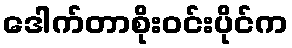
ဒေါက်တာစိုးဝင်းပိုင်က